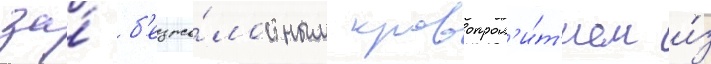
за́ б'езжа́лостным кровопрол'и́т'ием и́з